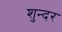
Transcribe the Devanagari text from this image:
शुन्दर